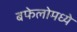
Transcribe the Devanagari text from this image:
बफेलोमध्ये